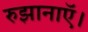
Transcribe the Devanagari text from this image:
रुझानाऍ।